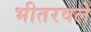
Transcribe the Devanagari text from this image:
भीतरवले